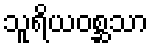
သူရိယဝစ္ဆသာ